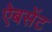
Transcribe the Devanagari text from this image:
ऐबसेंट